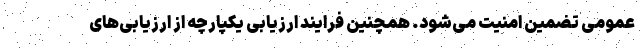
عمومی تضمین امنیت می‌شود. همچنین فرایند ارزیابی یکپارچه از ارزیابی‌های